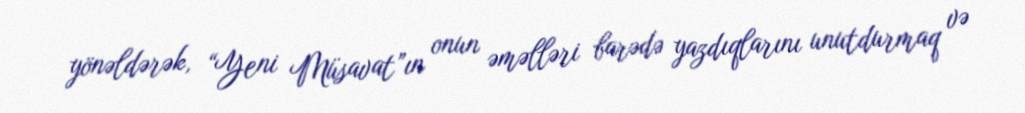
yönəldərək, “Yeni Müsavat”ın onun əməlləri barədə yazdıqlarını unutdurmaq və